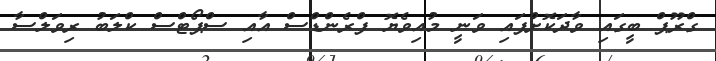
ގްރޫޕް ބީގައި ވާދަކޮށްފައި ވަނީ މުއިވެޔޮ ފްރެންޑްސް އާއި ސްޕޯޓްސް ކްލަބު ރިވަލްސާ